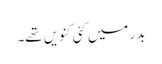
بدر میں کئی کنویں تھے۔